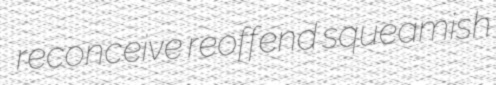
reconceive reoffend squeamish